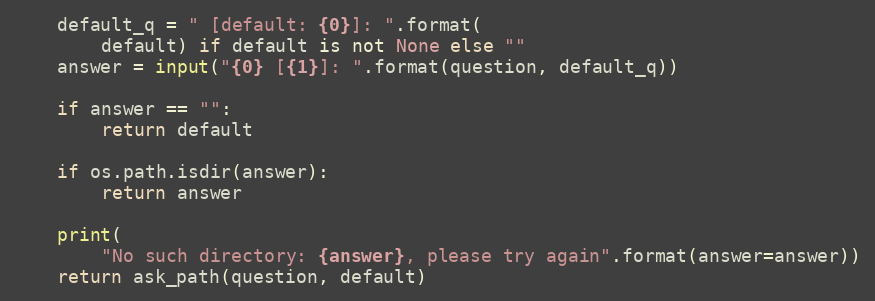
Language: Python
    default_q = " [default: {0}]: ".format(
        default) if default is not None else ""
    answer = input("{0} [{1}]: ".format(question, default_q))

    if answer == "":
        return default

    if os.path.isdir(answer):
        return answer

    print(
        "No such directory: {answer}, please try again".format(answer=answer))
    return ask_path(question, default)